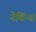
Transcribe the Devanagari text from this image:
नेविन्स